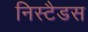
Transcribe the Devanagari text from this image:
निस्टैडस